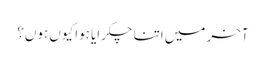
آخر میں اتنا چکرایا ہوا کیوں ہوں؟